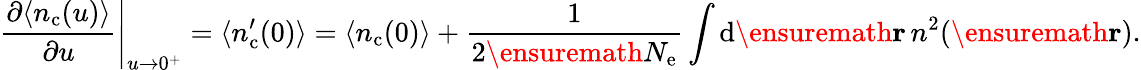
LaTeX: \left.\frac{\partial\langle n_{\mathrm{c}}(u)\rangle}{\partial u}\right\vert_{u\rightarrow 0^{+}}=\langle n_{\mathrm{c}}^{\prime}(0)\rangle=\langle n_{\mathrm{c}}(0)\rangle+\frac{1}{2\ensuremath{N_{\mathrm{e}}}}\int\mathrm{d}\ensuremath{\mathbf{r}}\, n^{2}(\ensuremath{\mathbf{r}}).